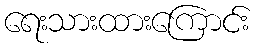
ရေးသားထားကြောင်း